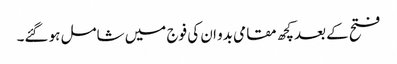
فتح کے بعدکچھ مقامی بدو ان کی فوج میں شامل ہو گئے۔